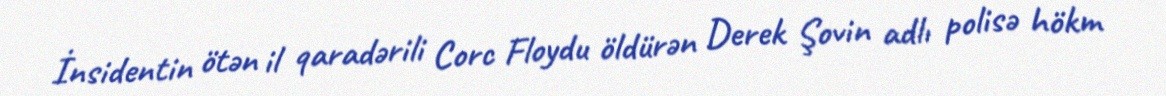
İnsidentin ötən il qaradərili Corc Floydu öldürən Derek Şovin adlı polisə hökm